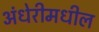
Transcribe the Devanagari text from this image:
अंधेरीमधील